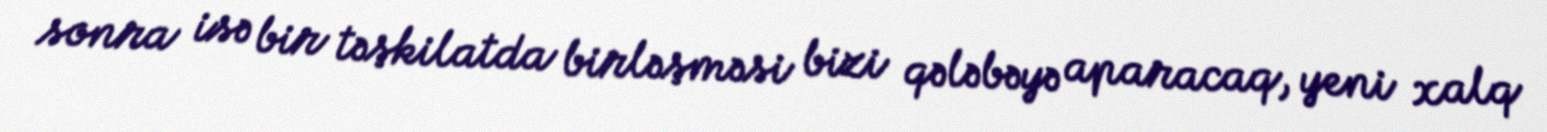
sonra isə bir təşkilatda birləşməsi bizi qələbəyə aparacaq, yeni xalq